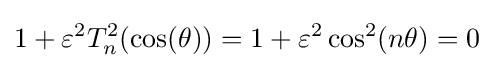
1+\varepsilon ^{2}T_{n}^{2}(\cos(\theta ))=1+\varepsilon ^{2}\cos ^{2}(n\theta )=0